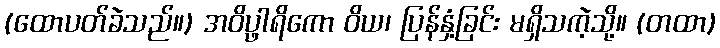
(ထောပတ်ခဲသည်။) အဝိပ္ဖာရိကော ဝိယ၊ ပြန်နှံ့ခြင်း မရှိသကဲ့သို့။ (တထာ)